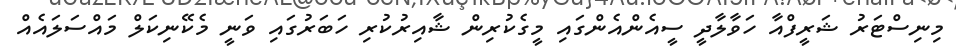
މިނިސްޓަރު ޝަރީފްއާ ހަވާލާދީ ސީއެންއެންގައި މީގެކުރިން ޝާއިރުކުރި ހަބަރުގައި ވަނީ މެކޭނިކަލް މައްސަލައެއް